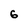
Character: 6